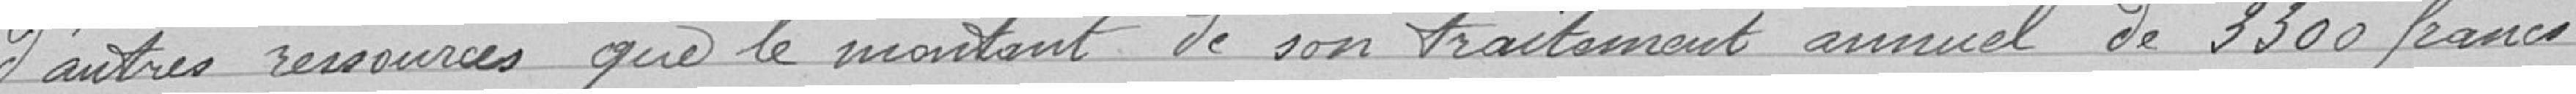
d'autres ressources que le montant de son traitement annuel de 3300 francs